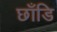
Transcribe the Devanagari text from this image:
छाँडि